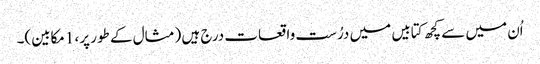
اُن میں سے کچھ کتابیں میں درُست واقعات درج ہیں (مثال کے طور پر، 1مکابین)۔